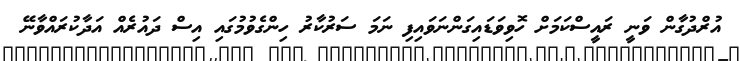
އުރްދުގާން ވަނީ ރައީސްކަމަށް ހޮވިވަޑައިގަންނަވައިފި ނަމަ ސަރުކާރު ހިންގެވުމުގައި އިސް ދައުރެއް އަދާކުރައްވާނޭ